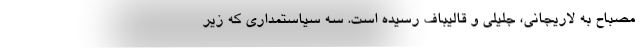
مصباح به لاریجانی، جلیلی و قالیباف رسیده است. سه سیاستمداری که زیر